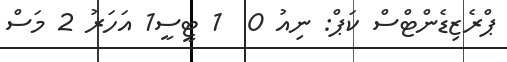
ޕްރެޒިޑެންޓްސް ކަޕް: ނިއު 0  1 ޓީސީ1 އަހަރު 2 މަސް